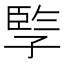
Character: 𡦋